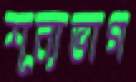
শূন্যভাগ